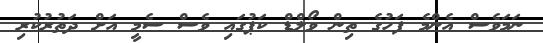
ނަމަވެސް އެންމެ ފަހުގެ ތިން ވޯލްޑް ކަޕުގައި ވެސް ސެމީ އަށް ދަތުރުކުރި